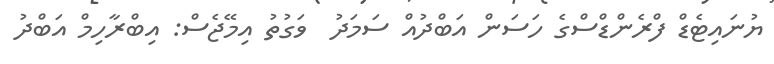
ޔުނައިޓެޑް ފްރެންޑްސްގެ ހަސަން އަބްދުއް ސަމަދު  ވަގުތު އިމޭޖެސް: އިބްރާހިމް އަބްދު